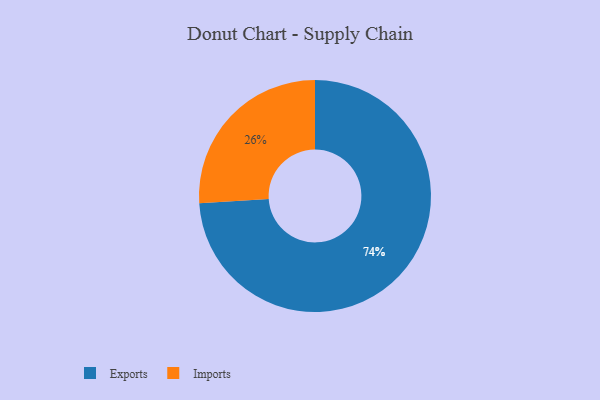
{"axis": {"x": "Category", "y": "Percentage"}, "legend": ["Exports", "Imports"], "data": [{"x": "Exports", "y": 74, "type": "Exports"}, {"x": "Imports", "y": 26, "type": "Imports"}]}